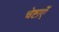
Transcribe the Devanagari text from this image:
चेष्टाएॅं